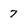
Character: 7